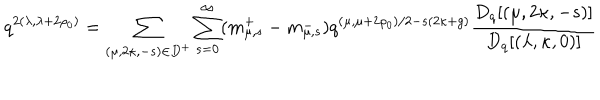
q ^ { 2 ( \lambda , \lambda + 2 \rho _ { 0 } ) } = \sum _ { ( \mu , 2 \kappa , - s ) \in D ^ { + } } \sum _ { s = 0 } ^ { \infty } ( m _ { \mu , s } ^ { + } - m _ { \mu , s } ^ { - } ) q ^ { ( \mu , \mu + 2 \rho _ { 0 } ) / 2 - s ( 2 \kappa + g ) } \frac { D _ { q } [ ( \mu , 2 \kappa , - s ) ] } { D _ { q } [ ( \lambda , \kappa , 0 ) ] }